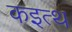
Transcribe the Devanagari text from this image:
कइत्थ